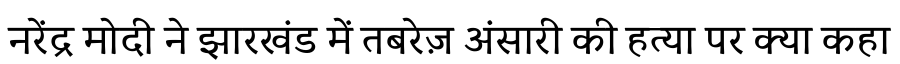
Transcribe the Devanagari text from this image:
नरेंद्र मोदी ने झारखंड में तबरेज़ अंसारी की हत्या पर क्या कहा